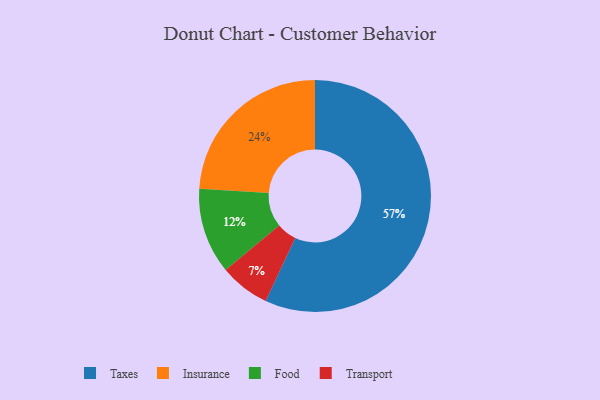
{"axis": {"x": "Category", "y": "Percentage"}, "legend": ["Food", "Insurance", "Taxes", "Transport"], "data": [{"x": "Food", "y": 12, "type": "Food"}, {"x": "Taxes", "y": 57, "type": "Taxes"}, {"x": "Insurance", "y": 24, "type": "Insurance"}, {"x": "Transport", "y": 7, "type": "Transport"}]}